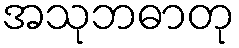
အသုဘဓာတု